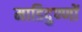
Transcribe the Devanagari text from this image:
माडिदुण्णों